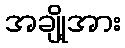
အချို့အား